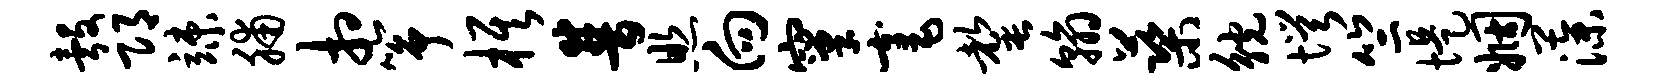
彀邛竦脯相筝旗普照向窠毫罄翰蕖觥愕竺堤姻藻